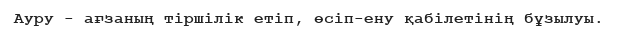
Ауру - ағзаның тіршілік етіп, өсіп-ену қабілетінің бұзылуы.